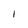
Character: l